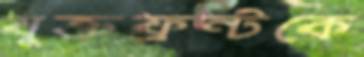
যুক্তফ্রন্টকে